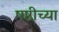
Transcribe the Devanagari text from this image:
षष्ठीच्या